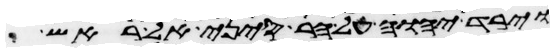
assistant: וירד יהוה על הר סיני אל ראש